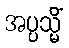
အပ္ပသ္မိံ